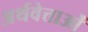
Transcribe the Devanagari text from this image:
अर्थवेत्ताओं